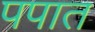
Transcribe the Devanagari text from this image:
पपात